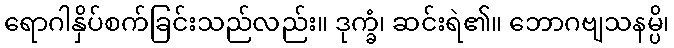
ရောဂါနှိပ်စက်ခြင်းသည်လည်း။ ဒုက္ခံ၊ ဆင်းရဲ၏။ ဘောဂဗျသနမ္ပိ၊